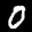
Label: 0